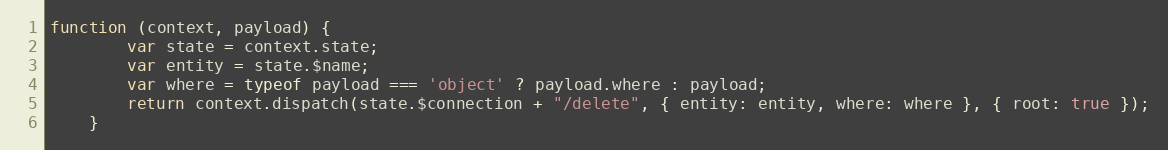
Language: JavaScript
function (context, payload) {
        var state = context.state;
        var entity = state.$name;
        var where = typeof payload === 'object' ? payload.where : payload;
        return context.dispatch(state.$connection + "/delete", { entity: entity, where: where }, { root: true });
    }